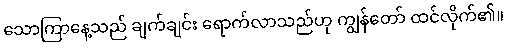
သောကြာနေ့သည် ချက်ချင်း ရောက်လာသည်ဟု ကျွန်တော် ထင်လိုက်၏။